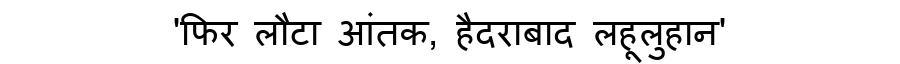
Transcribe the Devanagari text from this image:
'फिर लौटा आंतक, हैदराबाद लहूलुहान'